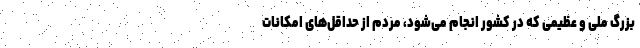
بزرگ ملی و عظیمی که در کشور انجام می‌شود، مردم از حداقل‌های امکانات